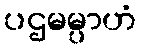
ပဌမမ္ပာဟံ